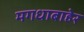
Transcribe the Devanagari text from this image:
मगधाबाहेर